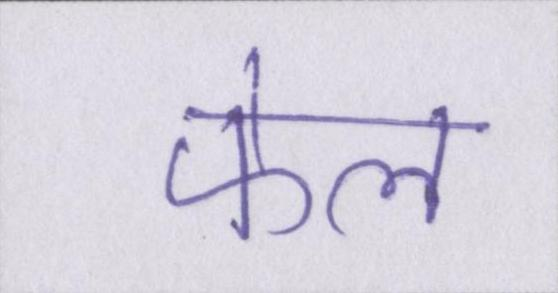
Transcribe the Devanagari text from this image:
फेल